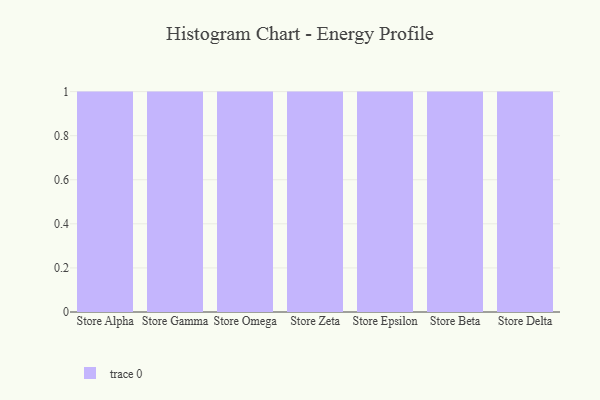
{"axis": {"x": "Store", "y": "Backlog"}, "legend": [""], "data": [{"x": "Store Alpha", "y": 23, "type": ""}, {"x": "Store Gamma", "y": 52, "type": ""}, {"x": "Store Omega", "y": 51, "type": ""}, {"x": "Store Zeta", "y": 52, "type": ""}, {"x": "Store Epsilon", "y": 66, "type": ""}, {"x": "Store Beta", "y": 90, "type": ""}, {"x": "Store Delta", "y": 18, "type": ""}]}